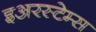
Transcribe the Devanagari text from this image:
इअरस्टेम्स